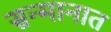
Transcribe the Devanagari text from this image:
सन्मानात